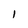
Character: I